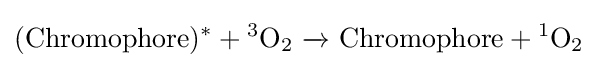
\mathrm {(Chromophore)^{*}+{}^{3}O_{2}\ {\xrightarrow {}}\ Chromophore+{}^{1}O_{2}}